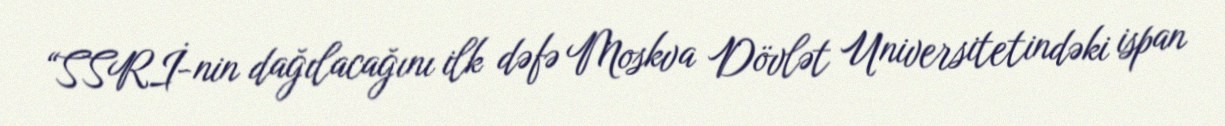
“SSRİ-nin dağılacağını ilk dəfə Moskva Dövlət Universitetindəki ispan